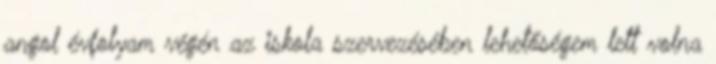
angol évfolyam végén az iskola szervezésében lehetőségem lett volna